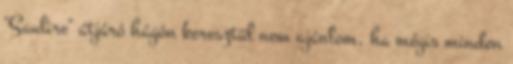
"Saulire" átjáró hágón keresztül nem ajánlom, ha mégis minden